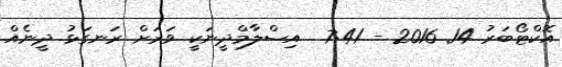
އޮކްޓޯބަރު 14